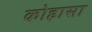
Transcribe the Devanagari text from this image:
कोहासा